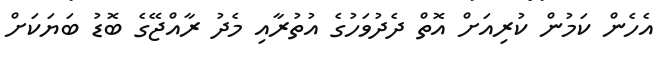
އެހެން ކަމުން ކުރިއަށް އޮތް ދެދުވަހުގެ އުތުރާއި މެދު ރާއްޖޭގެ ބޮޑު ބަޔަކަށް